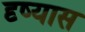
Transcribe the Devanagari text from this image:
दृष्यास